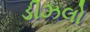
ડીઝલો